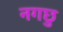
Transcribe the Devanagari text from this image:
नगछु